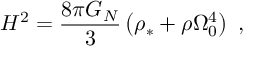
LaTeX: H ^ { 2 } = \frac { 8 \pi G _ { N } } { 3 } \left( \rho _ { * } + \rho \Omega _ { 0 } ^ { 4 } \right) \mathrm { ~ , }